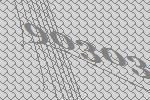
90303